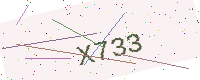
Text: X733